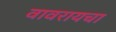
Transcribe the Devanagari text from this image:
वावरायचा